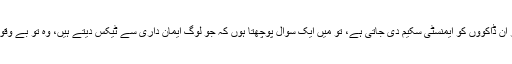
جب بار بار ان ڈاکوؤں کو ایمنسٹی سکیم دی جاتی ہے، تو میں ایک سوال پوچھتا ہوں کہ جو لوگ ایمان داری سے ٹیکس دیتے ہیں، وہ تو بے وقوف ہوئے نا۔